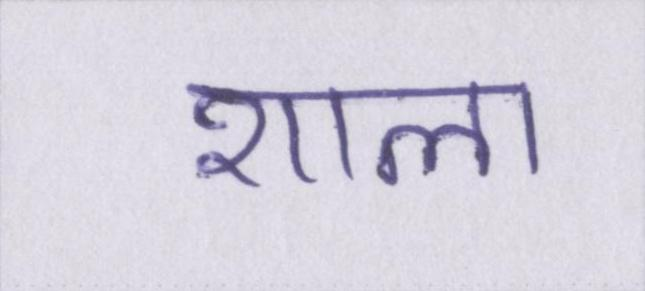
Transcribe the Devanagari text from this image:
शाला